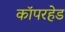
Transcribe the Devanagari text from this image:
कॉपरहेड